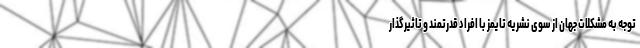
توجه به مشکلات جهان از سوی نشریه تایمز با افراد قدرتمند و تاثیرگذار